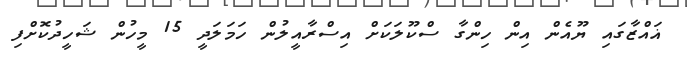
ޣައްޒާގައި ޔޫއެން އިން ހިންގާ ސްކޫލަކަށް އިސްރާއީލުން ހަމަލަދީ 15 މީހުން ޝަހީދުކޮށްފި